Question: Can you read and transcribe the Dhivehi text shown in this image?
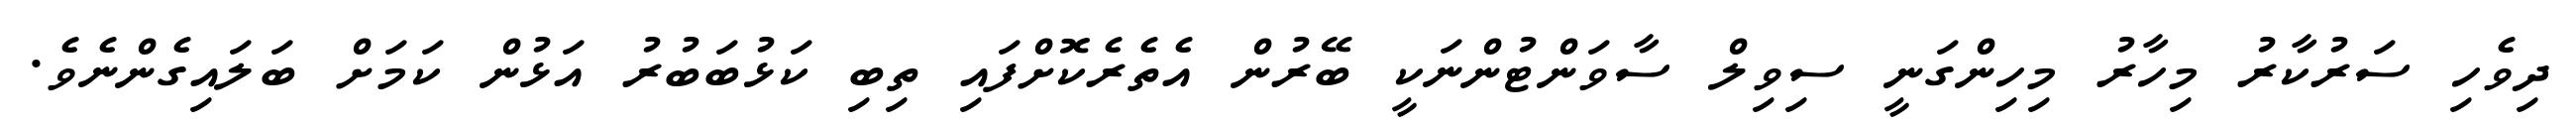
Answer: ދިވެހި ސަރުކާރު މިހާރު މިހިންގަނީ ސިވިލް ސާވަންޓުންނަކީ ބޭރުން އެތެރެކޮށްފައި ތިބި ކަޅުބަބުރު އަޅުން ކަމަށް ބަލައިގެންނެވެ.